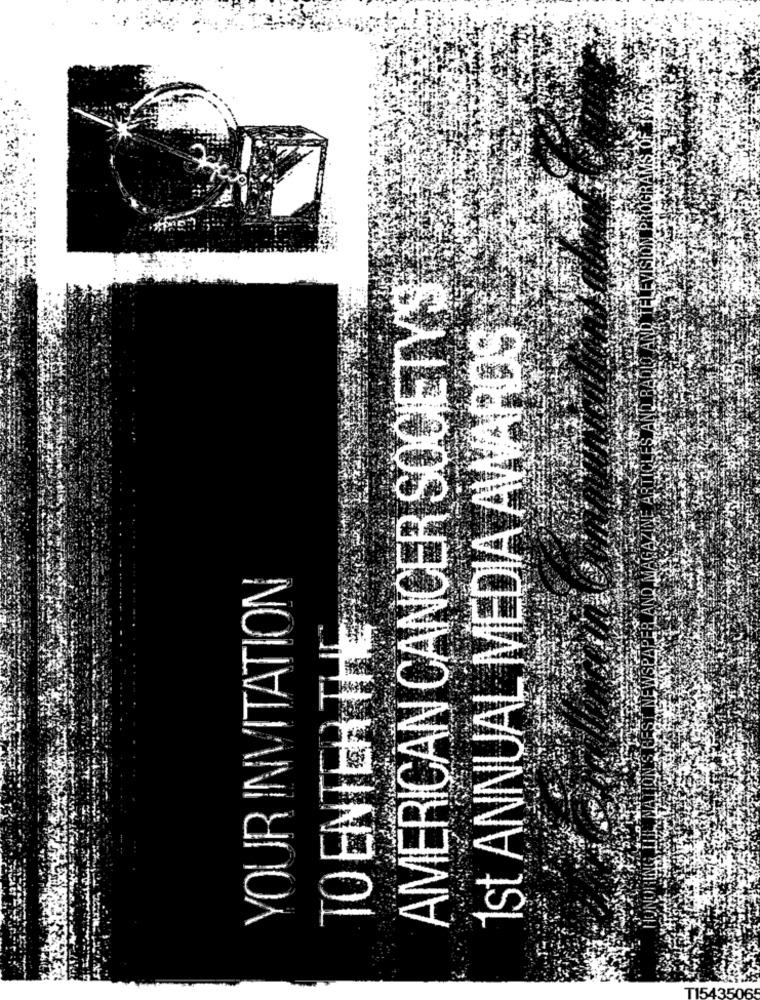
AMERICAN CANCER SOCIETY'S
1st ANNUAL MEDIA AWARDS
LEWISPAPER AND.NA
YOUR INVITATION
TO ENTER THE
T1543506